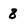
Character: 8